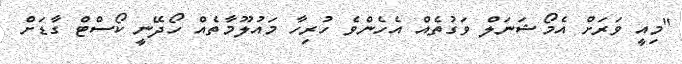
"މިއީ ވަރަށް އެމޯޝަނަލް ވަގުތެއް އެހެންވެ ހުރިހާ މައުލޫމާތެއް ހޯދޭނީ ކޯސްޓް ގާޑަށް